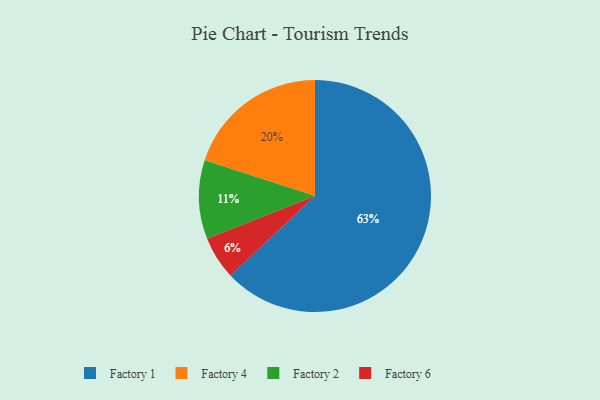
{"axis": {"x": "Category", "y": "Percentage"}, "legend": ["Factory 1", "Factory 2", "Factory 4", "Factory 6"], "data": [{"x": "Factory 2", "y": 11, "type": "Factory 2"}, {"x": "Factory 4", "y": 20, "type": "Factory 4"}, {"x": "Factory 6", "y": 6, "type": "Factory 6"}, {"x": "Factory 1", "y": 63, "type": "Factory 1"}]}